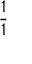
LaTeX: \frac { 1 } { 1 }